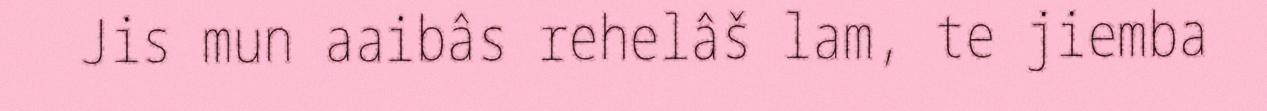
Jis mun aaibâs rehelâš lam, te jiemba